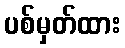
ပစ်မှတ်ထား